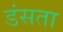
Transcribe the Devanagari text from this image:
डंसता